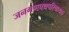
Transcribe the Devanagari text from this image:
जनगणपथपरिचायक